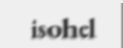
isohel